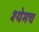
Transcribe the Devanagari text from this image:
श्येमच